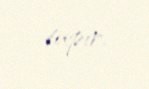
tapır.